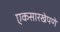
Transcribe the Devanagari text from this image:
एकसारखेपणे